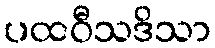
ပထဝီသဒိသာ